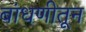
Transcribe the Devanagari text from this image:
बांधणीतून